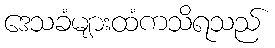
ဒေသခံများထံကသိရသည်